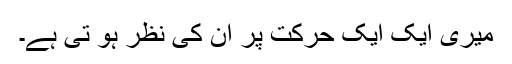
میری ایک ایک حرکت پر ان کی نظر ہو تی ہے۔